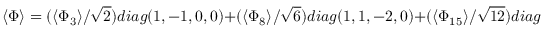
\langle \Phi \rangle = ( { \langle \Phi _ { 3 } \rangle } / \sqrt { 2 } ) d i a g ( 1 , - 1 , 0 , 0 ) + ( { \langle \Phi _ { 8 } \rangle } / \sqrt { 6 } ) d i a g ( 1 , 1 , - 2 , 0 ) + ( { \langle \Phi _ { 1 5 } \rangle } / \sqrt { 1 2 } ) d i a g ( 1 , 1 , 1 , - 3 ) ,